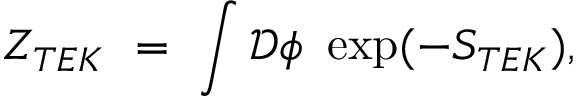
Z _ { T E K } \ = \ \int \mathcal { D } \phi \ \exp ( - S _ { T E K } ) ,